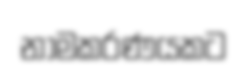
නාමකරණයකට